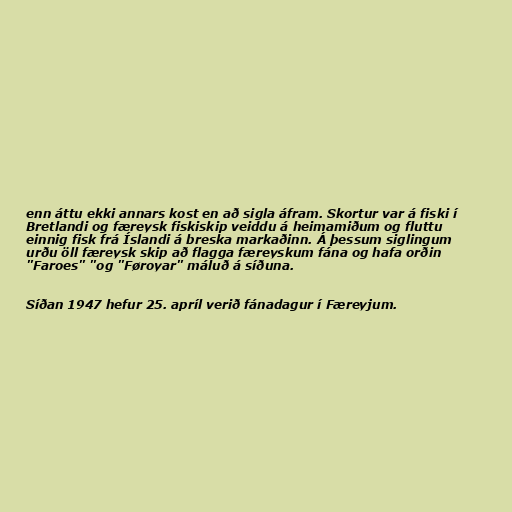
enn áttu ekki annars kost en að sigla áfram. Skortur var á fiski í
Bretlandi og færeysk fiskiskip veiddu á heimamiðum og fluttu
einnig fisk frá Íslandi á breska markaðinn. Á þessum siglingum
urðu öll færeysk skip að flagga færeyskum fána og hafa orðin
"Faroes" "og "Føroyar" máluð á síðuna.

Síðan 1947 hefur 25. apríl verið fánadagur í Færeyjum.